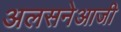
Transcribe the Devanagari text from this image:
अलसनेआजी